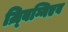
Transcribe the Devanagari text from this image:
ज़्बिग्निएव